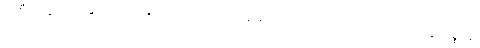
အစီးအပွားအလို့ငှာလည်းကောင်း။ သုခါယ၊ ချမ်းသာခြင်းငှာလည်းကောင်း။ မိတ္တာပစ္စာနံ၊